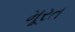
મૂરત